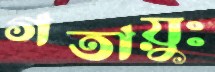
গতায়ুঃ